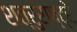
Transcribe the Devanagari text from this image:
शत्रुराष्ट्रे